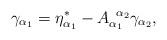
LaTeX: \begin{align*}\gamma _{\alpha _1}=\eta _{\alpha _1}^{*}-A_{\alpha_1}^{\;\;\alpha _2}\gamma _{\alpha _2},\end{align*}